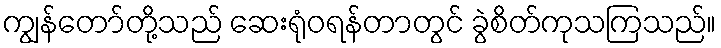
ကျွန်တော်တို့သည် ဆေးရုံဝရန်တာတွင် ခွဲစိတ်ကုသကြသည်။